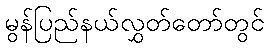
မွန်ပြည်နယ်လွှတ်တော်တွင်